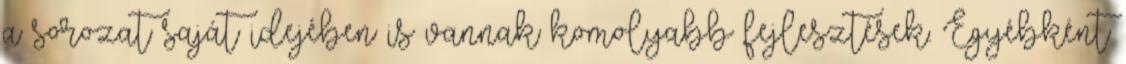
a sorozat saját idejében is vannak komolyabb fejlesztések. Egyébként